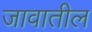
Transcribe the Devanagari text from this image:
जावातील